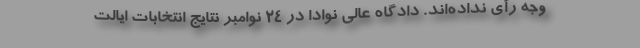
وجه رأی نداده‌اند. دادگاه عالی نوادا در ۲۴ نوامبر نتایج انتخابات ایالت